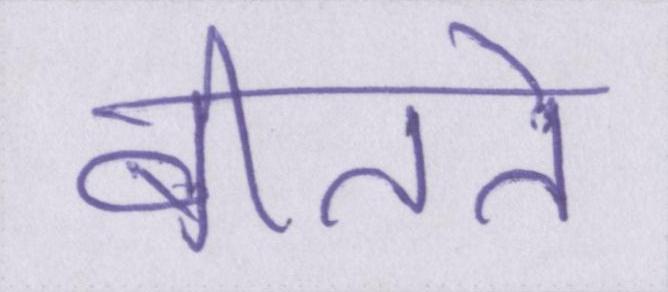
बीतते